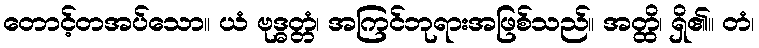
တောင့်တအပ်သော။ ယံ ဗုဒ္ဓတ္တံ၊ အကြင်ဘုရားအဖြစ်သည်။ အတ္ထိ၊ ရှိ၏။ တံ၊